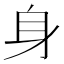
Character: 身